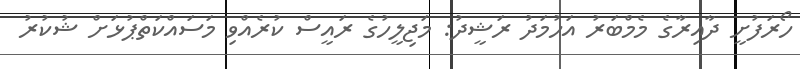
ހޯރަފުށީ ދާއިރާގެ މެމްބަރު އަހުމަދު ރަޝީދު: މަޖިލީހުގެ ރައީސް ކުރެއްވި މަަސައްކަތްޕުޅަށް ޝުކުރު